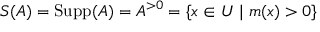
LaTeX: S ( A ) = \operatorname { S u p p } ( A ) = A ^ { > 0 } = \{ x \in U \mid m ( x ) > 0 \}